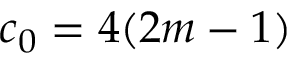
c _ { 0 } = 4 ( 2 m - 1 )